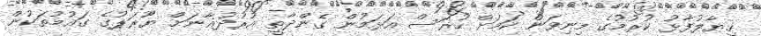
ޚިޔާލުފާޅު ކުރުމުގެ މިނިވަން ކަމަށް ހުރަސް އަޅަމުން ގެންދާތީ އުރުދުޣާނަށް ޔޫރަޕުގެ ގައުމުތަކުން